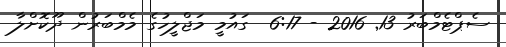
ސެޕްޓެމްބަރު 13